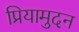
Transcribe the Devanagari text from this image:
प्रियामुदन